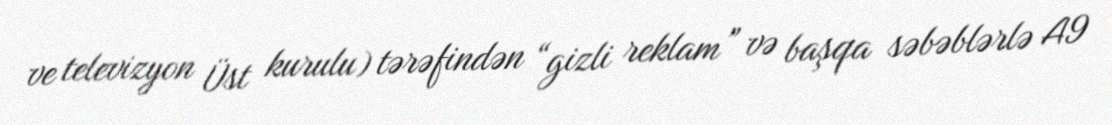
ve televizyon Üst kurulu) tərəfindən “gizli reklam” və başqa səbəblərlə A9